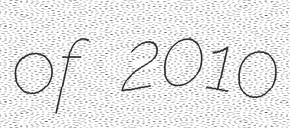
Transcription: of 2010